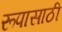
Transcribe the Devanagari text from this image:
रूपासाठी